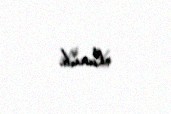
olunub.